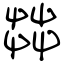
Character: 茻